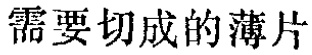
需要切成的薄片